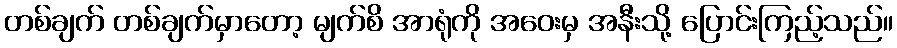
တစ်ချက် တစ်ချက်မှာတော့ မျက်စိ အာရုံကို အဝေးမှ အနီးသို့ ပြောင်းကြည့်သည်။